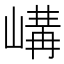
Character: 𡻉